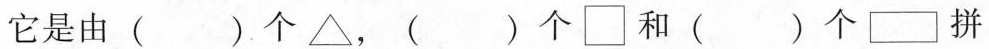
它是由( )个△，( )个\Box 和( )个▭拼